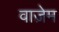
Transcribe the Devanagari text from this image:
वाज़ेम